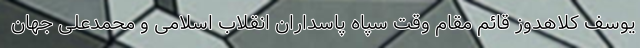
یوسف کلاهدوز قائم مقام وقت سپاه پاسداران انقلاب اسلامی و محمدعلی جهان